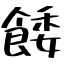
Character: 餧